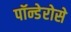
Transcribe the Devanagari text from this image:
पॉन्डेरोसे